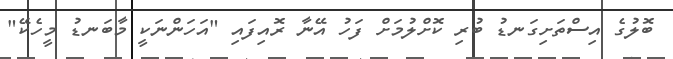
ބޮލުގެ އިސްތަށިގަނޑު ބުރި ކޮށްލުމަށް ފަހު އޭނާ ރޮއިފައި "އަހަންނަކީ މާބަނޑު މީހެކޭ"